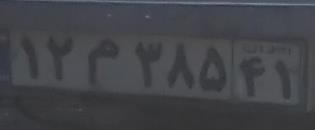
۱۲م۳۸۵۴۱